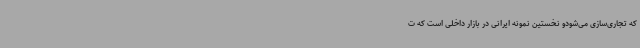
که تجاری‌سازی می‌شودو نخستین نمونه ایرانی در بازار داخلی است که ت